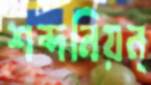
শব্দনিয়ন্